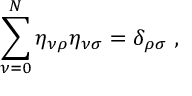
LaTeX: \sum _ { \nu = 0 } ^ { N } \eta _ { \nu \rho } \eta _ { \nu \sigma } = \delta _ { \rho \sigma } \; ,